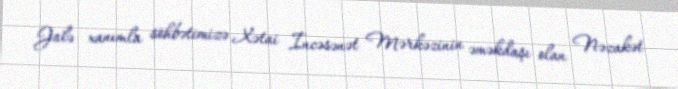
Jalə xanımla söhbətimizə Xətai İncəsənət Mərkəzinin əməkdaşı olan Nəzakət